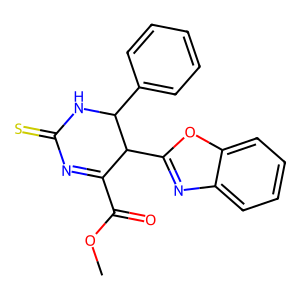
SMILES: COC(=O)C1=NC(=S)NC(c2ccccc2)C1c1nc2ccccc2o1
Inhibits HIV replication: No